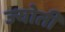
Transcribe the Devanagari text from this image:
ज्‍योती